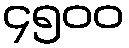
၄၅၀၀